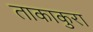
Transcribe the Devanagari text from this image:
ताकाकुरा